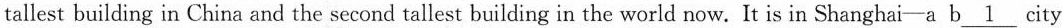
tallest building in China and the second tallest building in the world now. It is in Shanghai—a b \underline{1} city